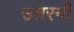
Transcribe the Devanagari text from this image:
उतरनी